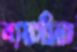
ব্যয়সীমা